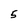
Character: 5